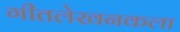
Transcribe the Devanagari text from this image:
गीतलेखनकला